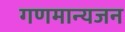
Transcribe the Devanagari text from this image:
गणमान्यजन